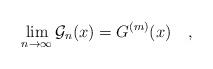
LaTeX: \begin{align*} \lim_{n\to\infty}\mathcal G_n(x)=G^{(m)}(x) \quad,\end{align*}